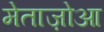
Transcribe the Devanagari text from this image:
मेताज़ोआ